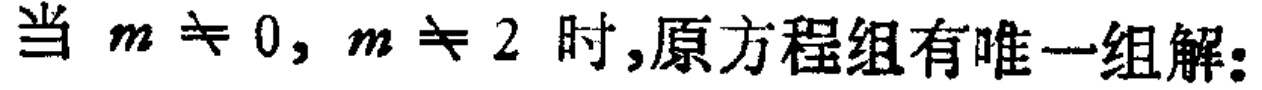
当 \(m \neq 0, m \neq 2\) 时,原方程组有唯一组解: